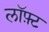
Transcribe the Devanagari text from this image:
लॉफ़्ट